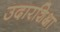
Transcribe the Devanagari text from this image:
उदारशिक्षा